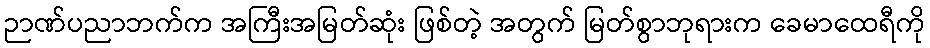
ဉာဏ်ပညာဘက်က အကြီးအမြတ်ဆုံး ဖြစ်တဲ့ အတွက် မြတ်စွာဘုရားက ခေမာထေရီကို